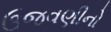
ઉજવણીનો